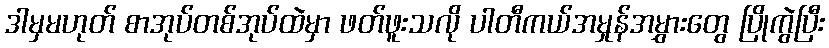
ဒါမှမဟုတ် စာအုပ်တစ်အုပ်ထဲမှာ ဖတ်ဖူးသလို ပါတီကယ်အမှုန်အမွှားတွေ ပြိုကွဲပြီး